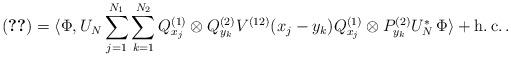
LaTeX: \begin{align*} \eqref{eq:M_3_V12_1}=\langle \Phi,U_N\sum_{j=1}^{N_1}\sum_{k=1}^{N_2}Q^{(1)}_{x_j}\otimes Q^{(2)}_{y_k}V^{(12)}(x_j-y_k)Q^{(1)}_{x_j}\otimes P^{(2)}_{y_k} U_N^*\,\Phi\rangle+\operatorname{h.c.}.\end{align*}